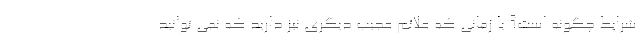
شرایط چگونه است؟ یا زمانی که علائم عجیب دیگری نیز دارید که نمی توانید